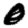
Digit: 0